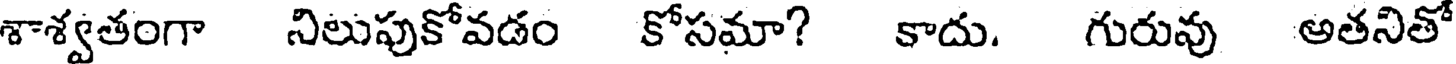
శాశ్వతంగా నిలుపుకోవడం కోసమా? కాదు. గురువు అతనితో